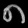
Digit: ၈